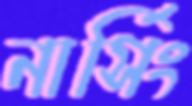
নার্সিং